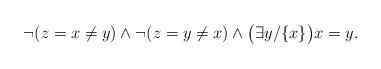
LaTeX: \begin{align*} \neg(z = x \not = y) \land \neg(z = y \not= x) \land \bigl(\exists y/\{x\}\bigr)x = y. \end{align*}